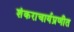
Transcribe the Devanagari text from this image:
शंकराचार्यप्रणीत